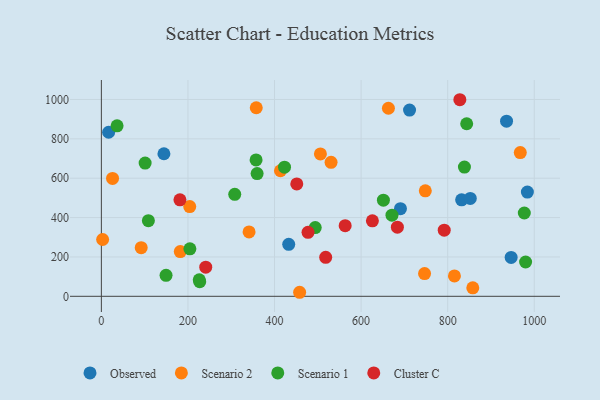
{"axis": {"x": "Ad Spend", "y": "Yield"}, "legend": ["Cluster C", "Observed", "Scenario 1", "Scenario 2"], "data": [{"x": "946.6", "y": 197.6, "type": "Observed"}, {"x": "16.8", "y": 833.5, "type": "Observed"}, {"x": "432.8", "y": 263.9, "type": "Observed"}, {"x": "144.5", "y": 724.2, "type": "Observed"}, {"x": "832.2", "y": 490.1, "type": "Observed"}, {"x": "984.1", "y": 529.4, "type": "Observed"}, {"x": "711.9", "y": 946.0, "type": "Observed"}, {"x": "936.0", "y": 889.9, "type": "Observed"}, {"x": "852.2", "y": 497.4, "type": "Observed"}, {"x": "690.9", "y": 445.4, "type": "Observed"}, {"x": "25.8", "y": 598.8, "type": "Scenario 2"}, {"x": "2.9", "y": 288.6, "type": "Scenario 2"}, {"x": "341.2", "y": 326.9, "type": "Scenario 2"}, {"x": "506.0", "y": 723.3, "type": "Scenario 2"}, {"x": "204.1", "y": 455.9, "type": "Scenario 2"}, {"x": "815.6", "y": 103.6, "type": "Scenario 2"}, {"x": "858.0", "y": 43.0, "type": "Scenario 2"}, {"x": "530.6", "y": 680.9, "type": "Scenario 2"}, {"x": "663.1", "y": 955.3, "type": "Scenario 2"}, {"x": "967.7", "y": 730.3, "type": "Scenario 2"}, {"x": "413.7", "y": 637.9, "type": "Scenario 2"}, {"x": "182.3", "y": 227.4, "type": "Scenario 2"}, {"x": "458.0", "y": 20.5, "type": "Scenario 2"}, {"x": "92.0", "y": 247.0, "type": "Scenario 2"}, {"x": "357.8", "y": 958.0, "type": "Scenario 2"}, {"x": "746.6", "y": 115.3, "type": "Scenario 2"}, {"x": "748.3", "y": 535.8, "type": "Scenario 2"}, {"x": "977.0", "y": 423.3, "type": "Scenario 1"}, {"x": "204.5", "y": 241.2, "type": "Scenario 1"}, {"x": "226.1", "y": 84.2, "type": "Scenario 1"}, {"x": "101.1", "y": 676.9, "type": "Scenario 1"}, {"x": "423.1", "y": 655.9, "type": "Scenario 1"}, {"x": "149.4", "y": 106.5, "type": "Scenario 1"}, {"x": "980.0", "y": 174.3, "type": "Scenario 1"}, {"x": "843.9", "y": 876.6, "type": "Scenario 1"}, {"x": "494.0", "y": 349.2, "type": "Scenario 1"}, {"x": "359.8", "y": 623.5, "type": "Scenario 1"}, {"x": "838.7", "y": 656.4, "type": "Scenario 1"}, {"x": "671.3", "y": 412.2, "type": "Scenario 1"}, {"x": "36.3", "y": 866.2, "type": "Scenario 1"}, {"x": "308.1", "y": 518.1, "type": "Scenario 1"}, {"x": "651.5", "y": 488.4, "type": "Scenario 1"}, {"x": "357.4", "y": 693.1, "type": "Scenario 1"}, {"x": "227.2", "y": 74.2, "type": "Scenario 1"}, {"x": "108.6", "y": 384.0, "type": "Scenario 1"}, {"x": "683.8", "y": 351.2, "type": "Cluster C"}, {"x": "563.2", "y": 358.8, "type": "Cluster C"}, {"x": "518.2", "y": 197.9, "type": "Cluster C"}, {"x": "477.4", "y": 325.2, "type": "Cluster C"}, {"x": "181.5", "y": 490.1, "type": "Cluster C"}, {"x": "828.1", "y": 998.7, "type": "Cluster C"}, {"x": "451.4", "y": 571.0, "type": "Cluster C"}, {"x": "792.0", "y": 335.8, "type": "Cluster C"}, {"x": "626.1", "y": 383.7, "type": "Cluster C"}, {"x": "241.1", "y": 148.2, "type": "Cluster C"}]}